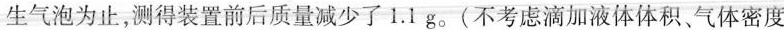
生气泡为止，测得装置前后质量减少了1.1 g.(不考虑滴加液体体积、气体密度